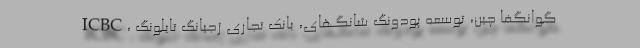
ICBC، گوانگفا چین، توسعه پودونگ شانگهای، بانک تجاری ژجیانگ تایلونگ